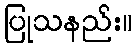
ပြုသနည်း။